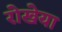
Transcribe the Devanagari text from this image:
रोखेया